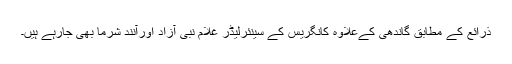
ذرائع کے مطابق گاندھی کےعلاوہ کانگریس کے سینئرلیڈر غلام نبی آزاد اورآنند شرما بھی جارہے ہیں۔